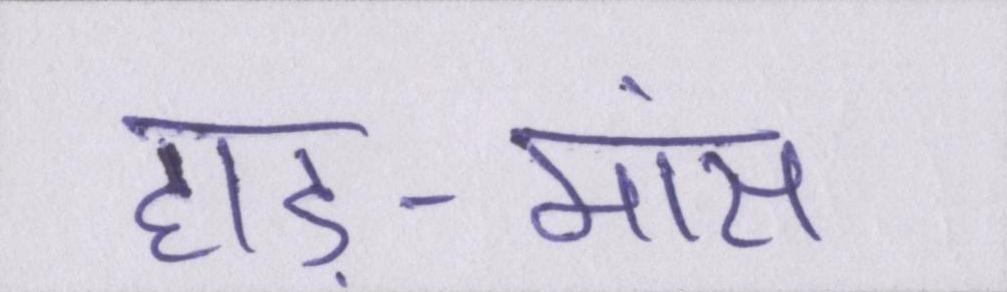
हाड़-मांस